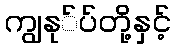
ကျွနု်ပ်တို့နှင့်